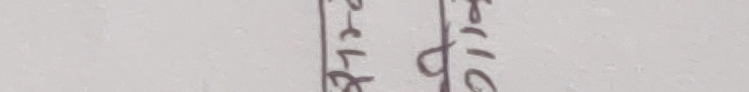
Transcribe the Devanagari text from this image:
सेन्टर भिन्नता